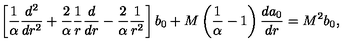
\left[ { \frac { 1 } { \alpha } } { \frac { d ^ { 2 } } { d r ^ { 2 } } } + { \frac { 2 } { \alpha } } { \frac { 1 } { r } } { \frac { d } { d r } } - { \frac { 2 } { \alpha } } { \frac { 1 } { r ^ { 2 } } } \right] b _ { 0 } + M \left( { \frac { 1 } { \alpha } } - 1 \right) { \frac { d a _ { 0 } } { d r } } = M ^ { 2 } b _ { 0 } ,